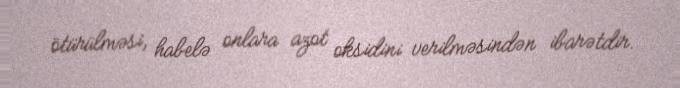
ötürülməsi, habelə onlara azot oksidini verilməsindən ibarətdir.